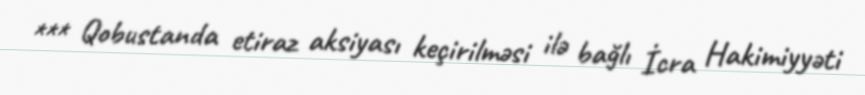
*** Qobustanda etiraz aksiyası keçirilməsi ilə bağlı İcra Hakimiyyəti